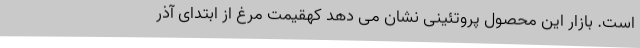
است. بازار این محصول پروتئینی نشان می دهد کهقیمت مرغ از ابتدای آذر